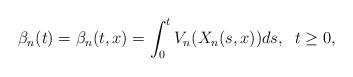
LaTeX: \begin{align*} \beta_{n}(t) =\beta_{n}(t,x) =\int_0^t {V_{n}}(X_{n}(s,x))ds, \;\; t \ge 0,\end{align*}